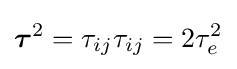
{\boldsymbol {\tau }}^{2}=\tau _{ij}\tau _{ij}=2\tau _{e}^{2}